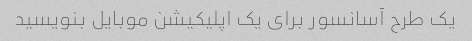
یک طرح آسانسور برای یک اپلیکیشن موبایل بنویسید